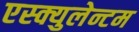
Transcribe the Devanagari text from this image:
एस्क्युलेन्टम